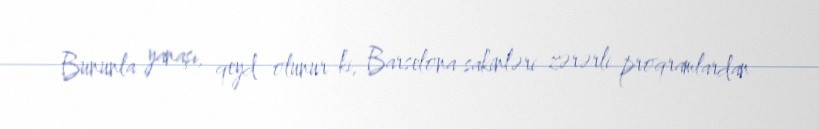
Bununla yanaşı, qeyd olunur ki, Barselona sakinləri zərərli proqramlardan